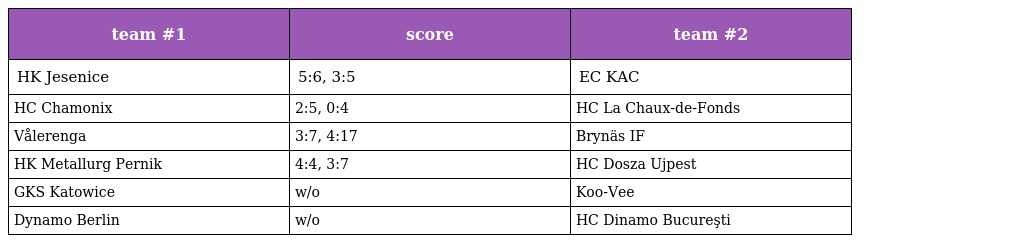
| team #1 | score | team #2 |
 | --- | --- | --- |
 | HK Jesenice | 5:6, 3:5 | EC KAC |
 | HC Chamonix | 2:5, 0:4 | HC La Chaux-de-Fonds |
 | Vålerenga | 3:7, 4:17 | Brynäs IF |
 | HK Metallurg Pernik | 4:4, 3:7 | HC Dosza Ujpest |
 | GKS Katowice | w/o | Koo-Vee |
 | Dynamo Berlin | w/o | HC Dinamo Bucureşti |